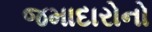
જમાદારોનો